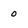
Character: 0